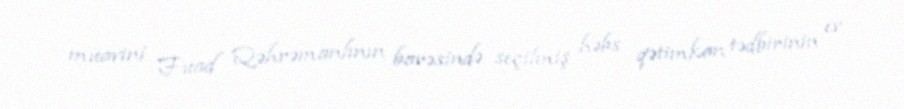
müavini Fuad Qəhrəmanlının barəsində seçilmiş həbs qətimkan tədbirinin ev